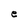
Character: e